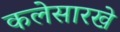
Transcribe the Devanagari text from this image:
कलेसारखे